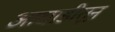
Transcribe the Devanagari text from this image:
आघाडीतून